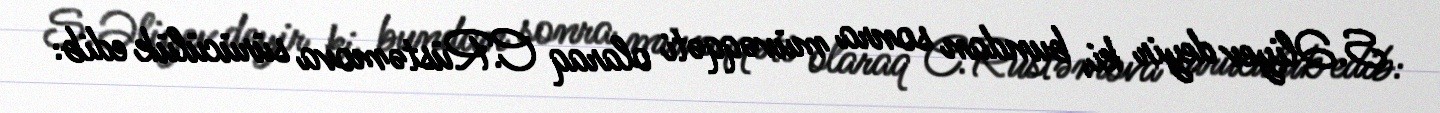
S.Əliyev deyir ki, bundan sonra müvəqqəti olaraq C.Rüstəmova sürücülük edib: